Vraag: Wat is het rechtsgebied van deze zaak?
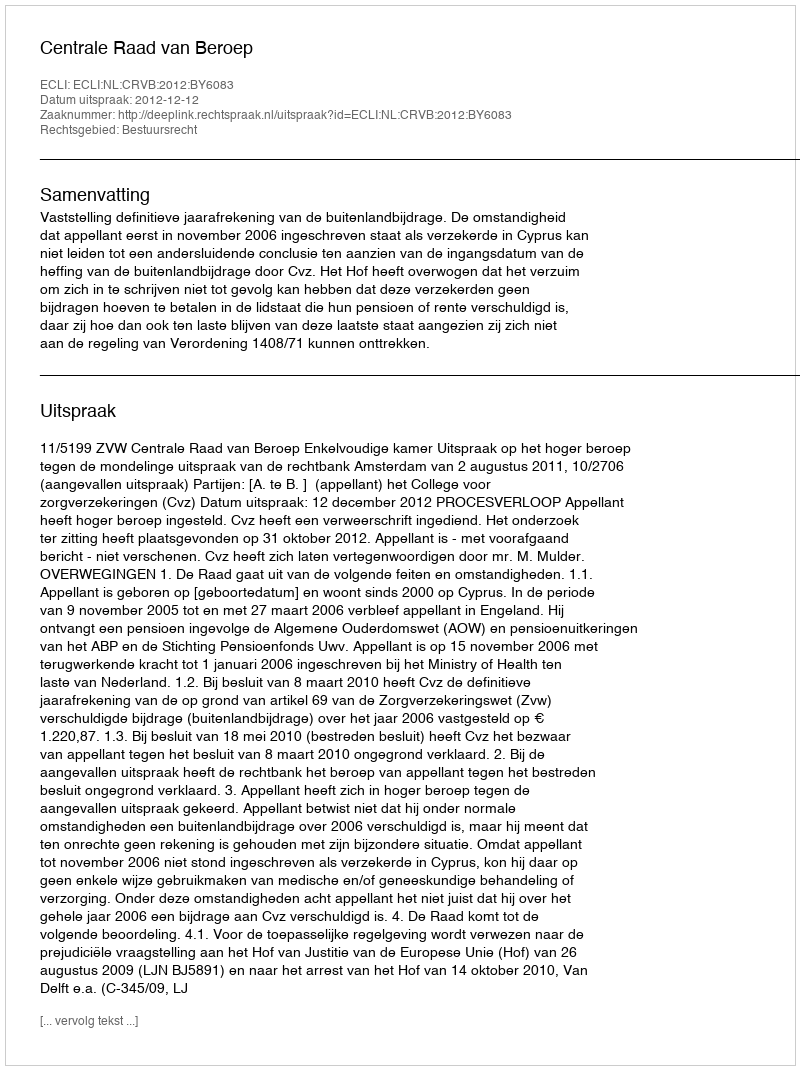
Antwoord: Bestuursrecht